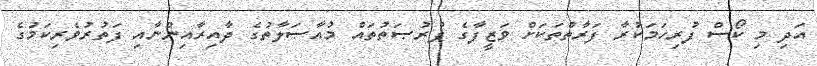
އަދި މި ކޯސް ފުރިހަމަކުރާ ފަރާތްތަކަށް ވަޒީފާގެ ފުރުޞަތުތައް މުއާޞަލާތުގެ ދާއިރާއިންނާއި ފަތުރުވެރިކަމުގެ